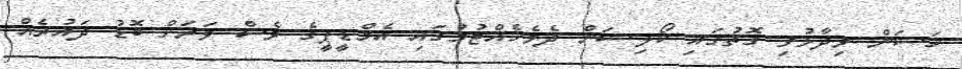
ހަސަން ވިދާޅުވި ގޮތުގައި ކޯލިޝަން ދެމެހެއްޓުމުގައި އެމްޑީޕީގެ ވެސް ވަރަށް ބޮޑު ދައުރެއް